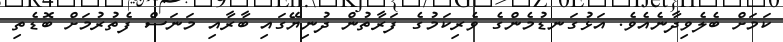
ކަމަށް ބެލެވިދާނެއެވެ. އަޅުގަނޑުމެންގެ ވެރިކަމުގެ ފަރާތުން ދުނިޔޭގައި ބާރާއި މަނަސް ފެތުރުމަށް ބޮޑެތި